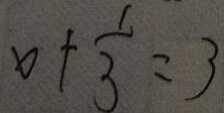
x + \frac { 1 } { 3 } = 3